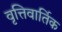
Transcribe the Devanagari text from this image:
वृत्तिवार्तिक